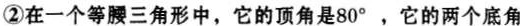
②在一个等腰三角形中，它的顶角是80°，它的两个底角